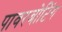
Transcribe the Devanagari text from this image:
पावरबोटिंग